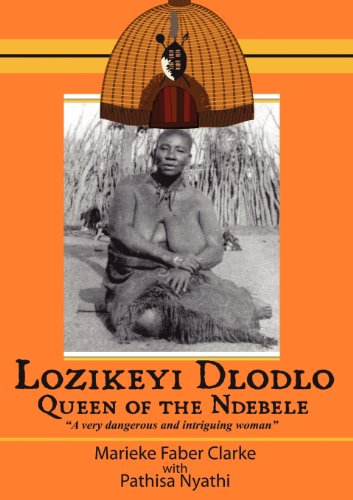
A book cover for Lozikeyi Dlodlo. Queen of the Ndebele; Marieke Clarke; History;